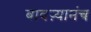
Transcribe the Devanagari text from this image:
बावऱ्यानंच